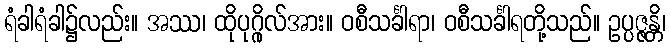
ရံခါရံခါ၌လည်း။ အဿ၊ ထိုပုဂ္ဂိုလ်အား။ ဝစီသင်္ခါရာ၊ ဝစီသင်္ခါရတို့သည်။ ဥပ္ပဇ္ဇန္တိ၊